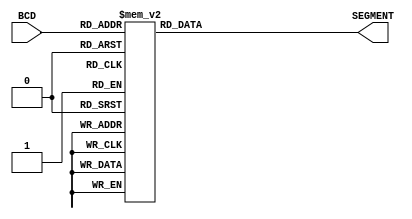
module BCD_SEVEN(BCD, SEGMENT);
    input   [3:0] BCD;
    output  [7:0] SEGMENT;

    reg [7:0] SEGMENT;

    always @(BCD)
        case(BCD)
            4'h0    :   SEGMENT = 8'hC0;
            4'h1    :   SEGMENT = 8'hF9;
            4'h2    :   SEGMENT = 8'hA4;
            4'h3    :   SEGMENT = 8'hB0;
            4'h4    :   SEGMENT = 8'h99;
            4'h5    :   SEGMENT = 8'h92;
            4'h6    :   SEGMENT = 8'h82;
            4'h7    :   SEGMENT = 8'hF8;
            4'h8    :   SEGMENT = 8'h80;
            4'h9    :   SEGMENT = 8'h90;
            default :   SEGMENT = 8'hFF;
        endcase
endmodule